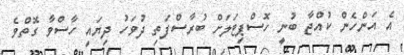
އެ އަންހެން ކުއްޖާ ބުނީ ހޮސްޕިޓަލަށް ބުރާސްފަތި ދުވަހު ދިޔައީ ހާސްވާ ގޮތްވެ